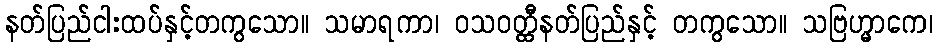
နတ်ပြည်ငါးထပ်နှင့်တကွသော။ သမာရကာ၊ ဝသဝတ္ထီနတ်ပြည်နှင့် တကွသော။ သဗြဟ္မာကေ၊